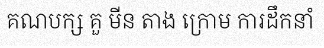
គណបក្ស គួ មីន តាង ក្រោម ការដឹកនាំ